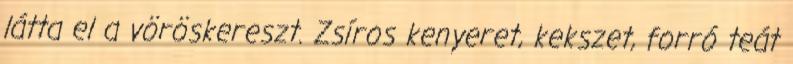
látta el a vöröskereszt. Zsíros kenyeret, kekszet, forró teát